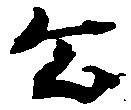
公